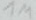
Text: 1M